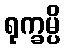
ရုက္ခမ္ပိ